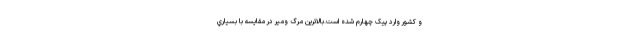
و کشور وارد پیک چهارم شده است.بالاترين مرگ ومير در مقايسه با بسياري